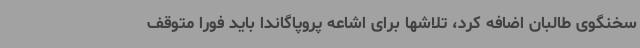
سخنگوی طالبان اضافه کرد، تلاشها برای اشاعه پروپاگاندا باید فورا متوقف